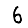
Digit: 6